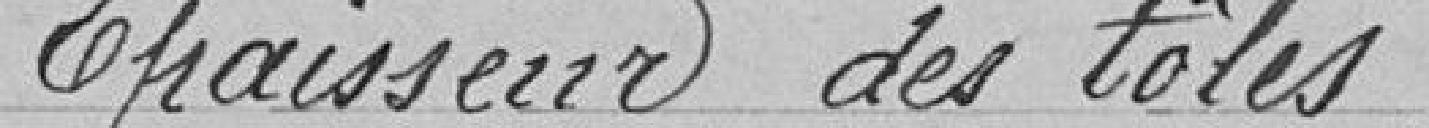
Épaisseur des tôles